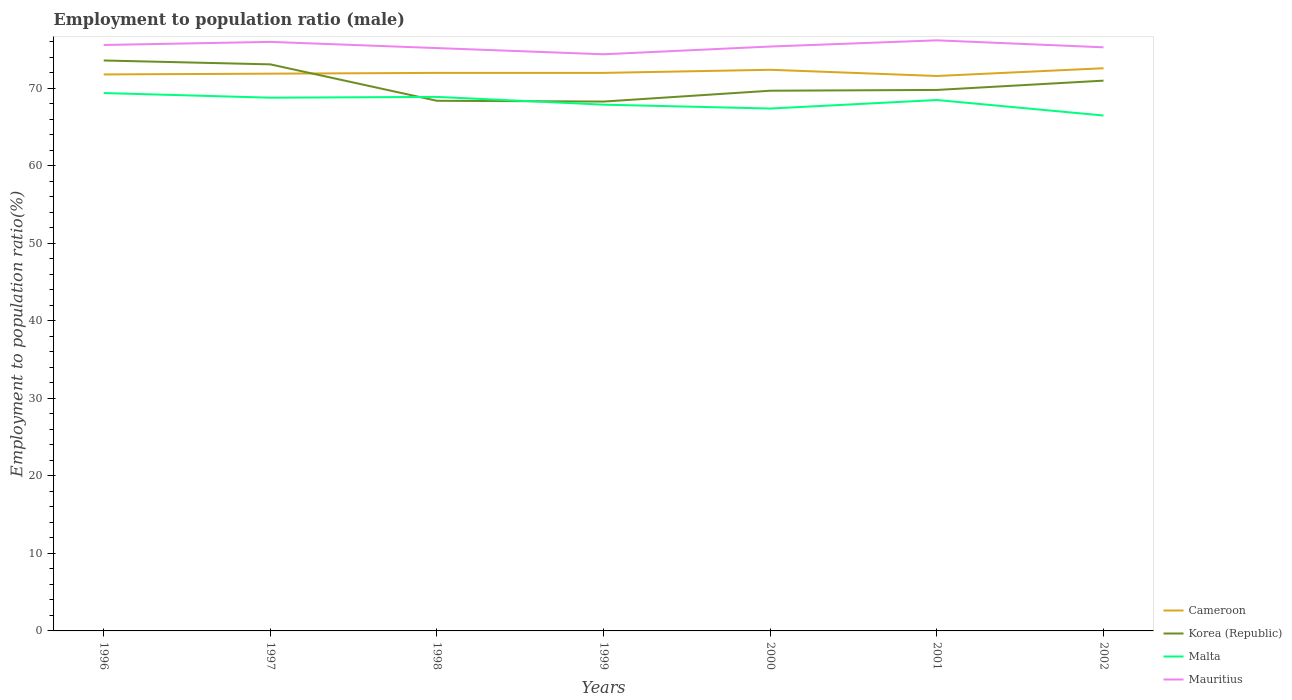
| Years | Cameroon | Korea (Republic) | Malta | Mauritius |
 | --- | --- | --- | --- | --- |
 | 1996 | 71.8 | 73.6 | 69.4 | 75.6 |
 | 1997 | 71.9 | 73.1 | 68.8 | 76 |
 | 1998 | 72 | 68.4 | 68.9 | 75.2 |
 | 1999 | 72 | 68.3 | 67.9 | 74.4 |
 | 2000 | 72.4 | 69.7 | 67.4 | 75.4 |
 | 2001 | 71.6 | 69.8 | 68.5 | 76.2 |
 | 2002 | 72.6 | 71 | 66.5 | 75.3 |